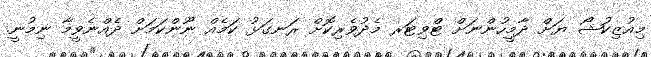
މިއުޒިކުޝޯ ޔަށް ދާމީހުންނަށް ޓްވިޓަރ މެދުވެރިކޮށް ރަނގަޅު ކަމެއް ނޫންކަމަށް ދެއްނެވީމާ ނިމުނީ.